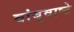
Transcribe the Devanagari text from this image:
बांबूवाष्टे